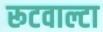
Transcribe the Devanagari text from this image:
रूटवाल्टा